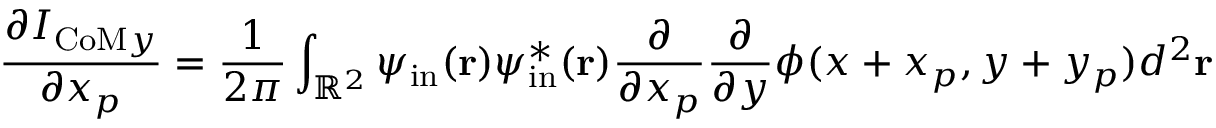
\frac { \partial I _ { \mathrm { C o M } y } } { \partial x _ { p } } = \frac { 1 } { 2 \pi } \int _ { \mathbb { R } ^ { 2 } } \psi _ { \mathrm { i n } } ( \mathbf { r } ) \psi _ { \mathrm { i n } } ^ { * } ( \mathbf { r } ) \frac { \partial } { \partial x _ { p } } \frac { \partial } { \partial y } \phi ( x + x _ { p } , y + y _ { p } ) d ^ { 2 } \mathbf { r }